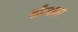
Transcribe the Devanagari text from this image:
गाँठवाला